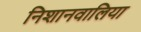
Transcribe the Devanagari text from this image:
निशानवालिया